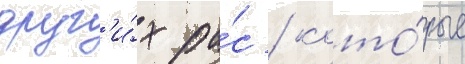
друг'и́х ра́с / кото́рые